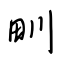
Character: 甽